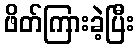
ဖိတ်ကြားခဲ့ပြီး